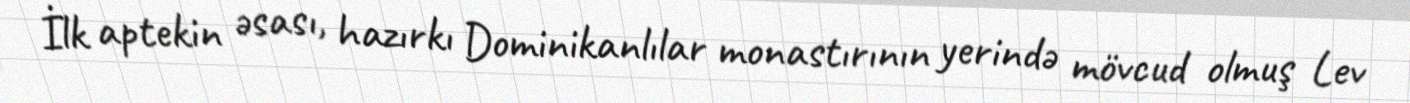
İlk aptekin əsası, hazırkı Dominikanlılar monastırının yerində mövcud olmuş Lev